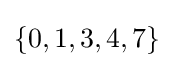
\{0,1,3,4,7\}